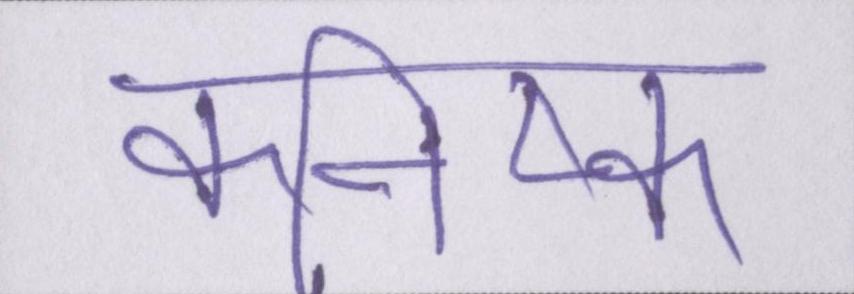
कनिष्क